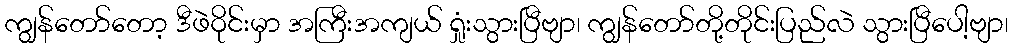
ကျွန်တော်တော့ ဒီဖဲဝိုင်းမှာ အကြီးအကျယ် ရှုံးသွားပြီဗျာ၊ ကျွန်တော်တို့တိုင်းပြည်လဲ သွားပြီပေါ့ဗျာ၊